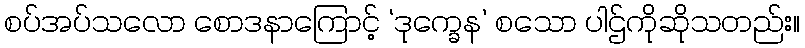
စပ်အပ်သလော စောဒနာကြောင့် ‘ဒုက္ခေန’ စသော ပါဌ်ကိုဆိုသတည်း။